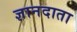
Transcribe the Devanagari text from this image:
ज्ञानदाता